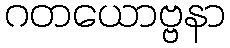
ဂတယောဗ္ဗနာ